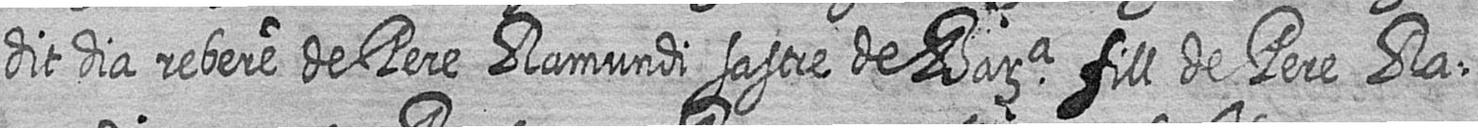
dit dia rebere de Pere Ramundi sastre de Bara fill de Pere ra=